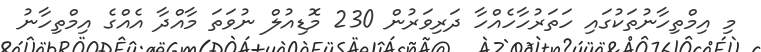
މި އިމްތިހާނުތަކުގައި ހަތަރުހާހެއްހާ ދަރިވަރުން 230 މޮޑިއުލް ނުވަތަ މާއްދާ އެއްގެ އިމްތިހާނު